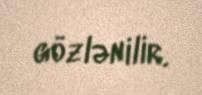
gözlənilir.